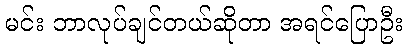
မင်း ဘာလုပ်ချင်တယ်ဆိုတာ အရင်ပြောဦး